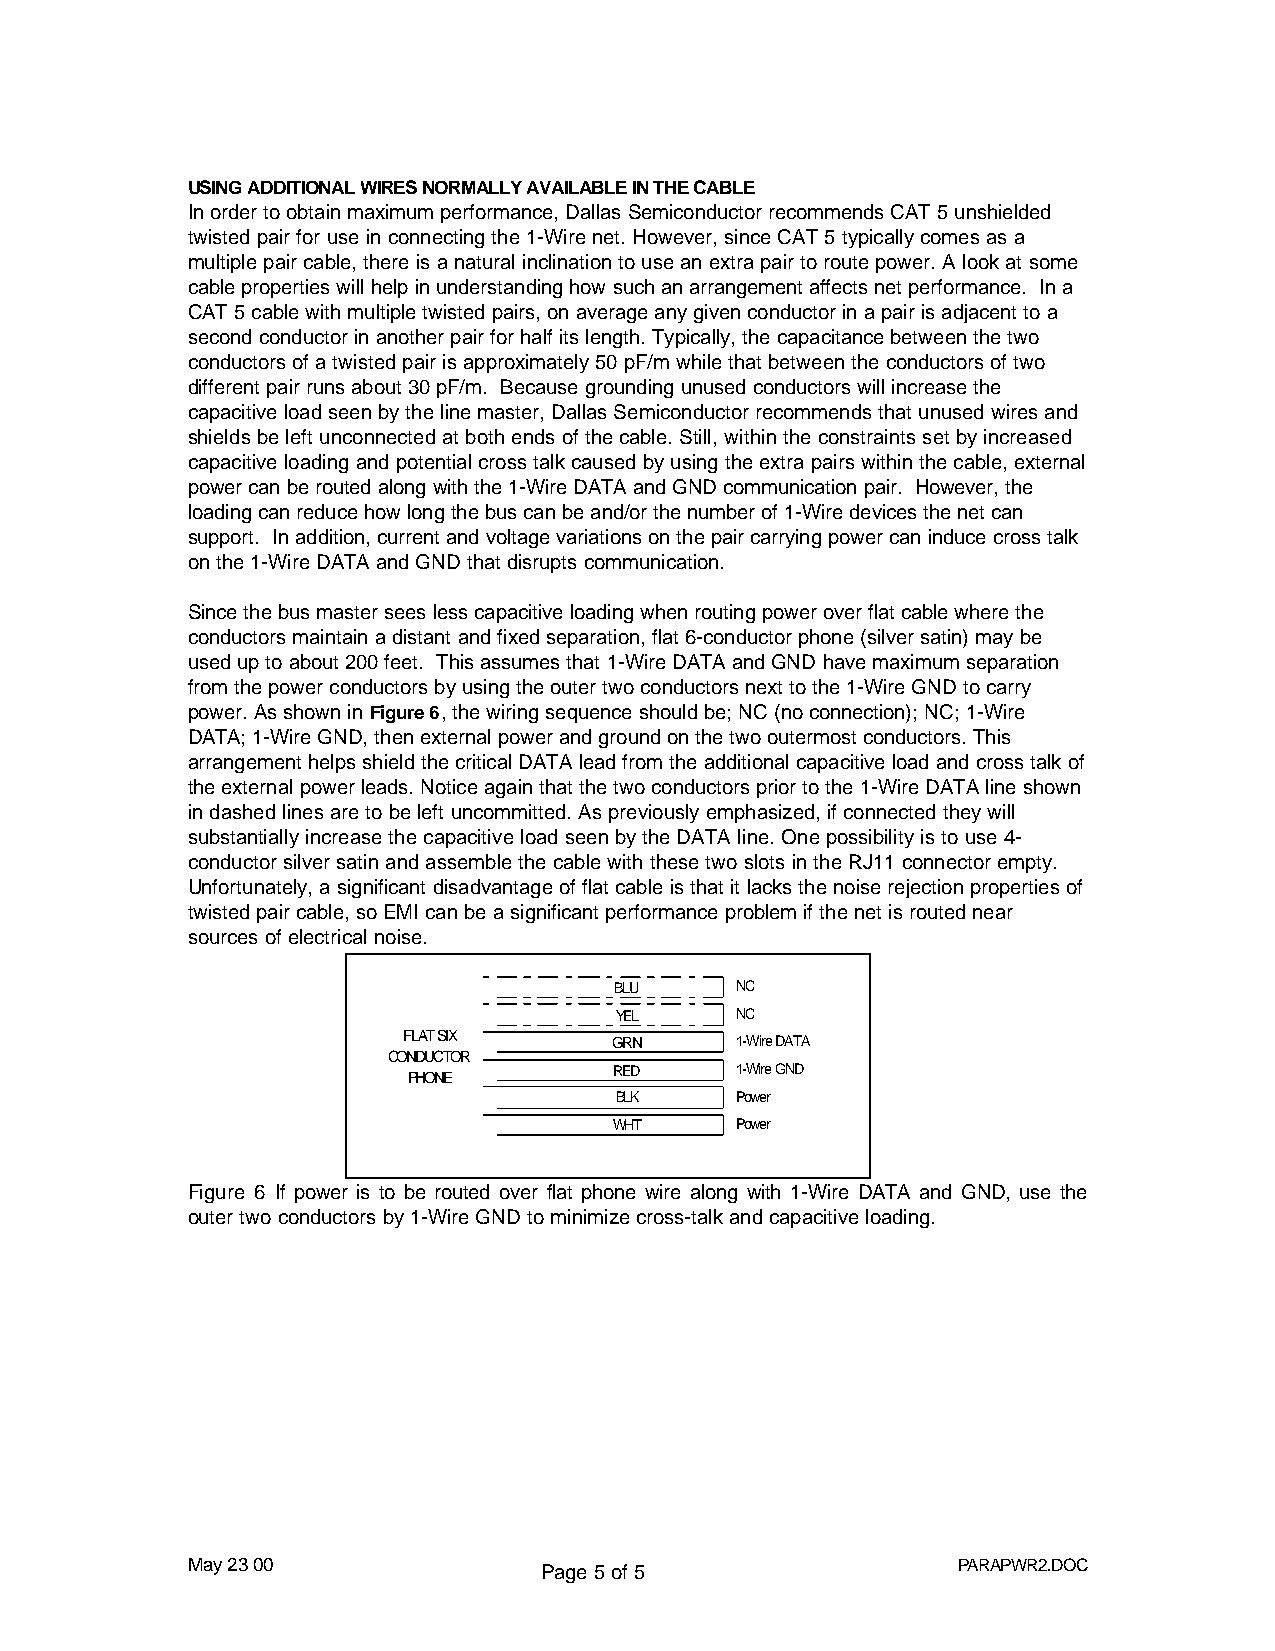
USING ADDITIONAL WIRES NORMALLY AVAILABLE IN THE CABLE
 In order to obtain maximum performance, Dallas Semiconductor recommends CAT 5 unshielded
 twisted pair for use in connecting the 1-Wire net. However, since CAT 5 typically comes as a
 multiple pair cable, there is a natural inclination to use an extra pair to route power. A look at some
 cable properties will help in understanding how such an arrangement affects net performance. In a
 CAT 5 cable with multiple twisted pairs, on average any given conductor in a pair is adjacent to a
 second conductor in another pair for half its length. Typically, the capacitance between the two
 conductors of a twisted pair is approximately 50 pF/m while that between the conductors of two
 different pair runs about 30 pF/m. Because grounding unused conductors will increase the
 capacitive load seen by the line master, Dallas Semiconductor recommends that unused wires and
 shields be left unconnected at both ends of the cable. Still, within the constraints set by increased
 capacitive loading and potential cross talk caused by using the extra pairs within the cable, external
 power can be routed along with the 1-Wire DATA and GND communication pair. However, the
 loading can reduce how long the bus can be and/or the number of 1-Wire devices the net can
 support. In addition, current and voltage variations on the pair carrying power can induce cross talk
 on the 1-Wire DATA and GND that disrupts communication.
 Since the bus master sees less capacitive loading when routing power over flat cable where the
 conductors maintain a distant and fixed separation, flat 6-conductor phone (silver satin) may be
 used up to about 200 feet. This assumes that 1-Wire DATA and GND have maximum separation
 from the power conductors by using the outer two conductors next to the 1-Wire GND to carry
 power. As shown in Figure 6, the wiring sequence should be; NC (no connection); NC; 1-Wire
 DATA; 1-Wire GND, then external power and ground on the two outermost conductors. This
 arrangement helps shield the critical DATA lead from the additional capacitive load and cross talk of
 the external power leads. Notice again that the two conductors prior to the 1-Wire DATA line shown
 in dashed lines are to be left uncommitted. As previously emphasized, if connected they will
 substantially increase the capacitive load seen by the DATA line. One possibility is to use 4-
 conductor silver satin and assemble the cable with these two slots in the RJ11 connector empty.
 Unfortunately, a significant disadvantage of flat cable is that it lacks the noise rejection properties of
 twisted pair cable, so EMI can be a significant performance problem if the net is routed near
 sources of electrical noise.
 BLU     NC
 YEL     NC
 FLAT SIX      GRN     1-Wire DATA
 CONDUCTOR
 RED     1-Wire GND
 PHONE
 BLK     Power
 WHT     Power
 Figure 6 If power is to be routed over flat phone wire along with 1-Wire DATA and GND, use the
 outer two conductors by 1-Wire GND to minimize cross-talk and capacitive loading.
 May 23 00               Page 5 of 5                PARAPWR2.DOC